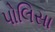
પોલિસા